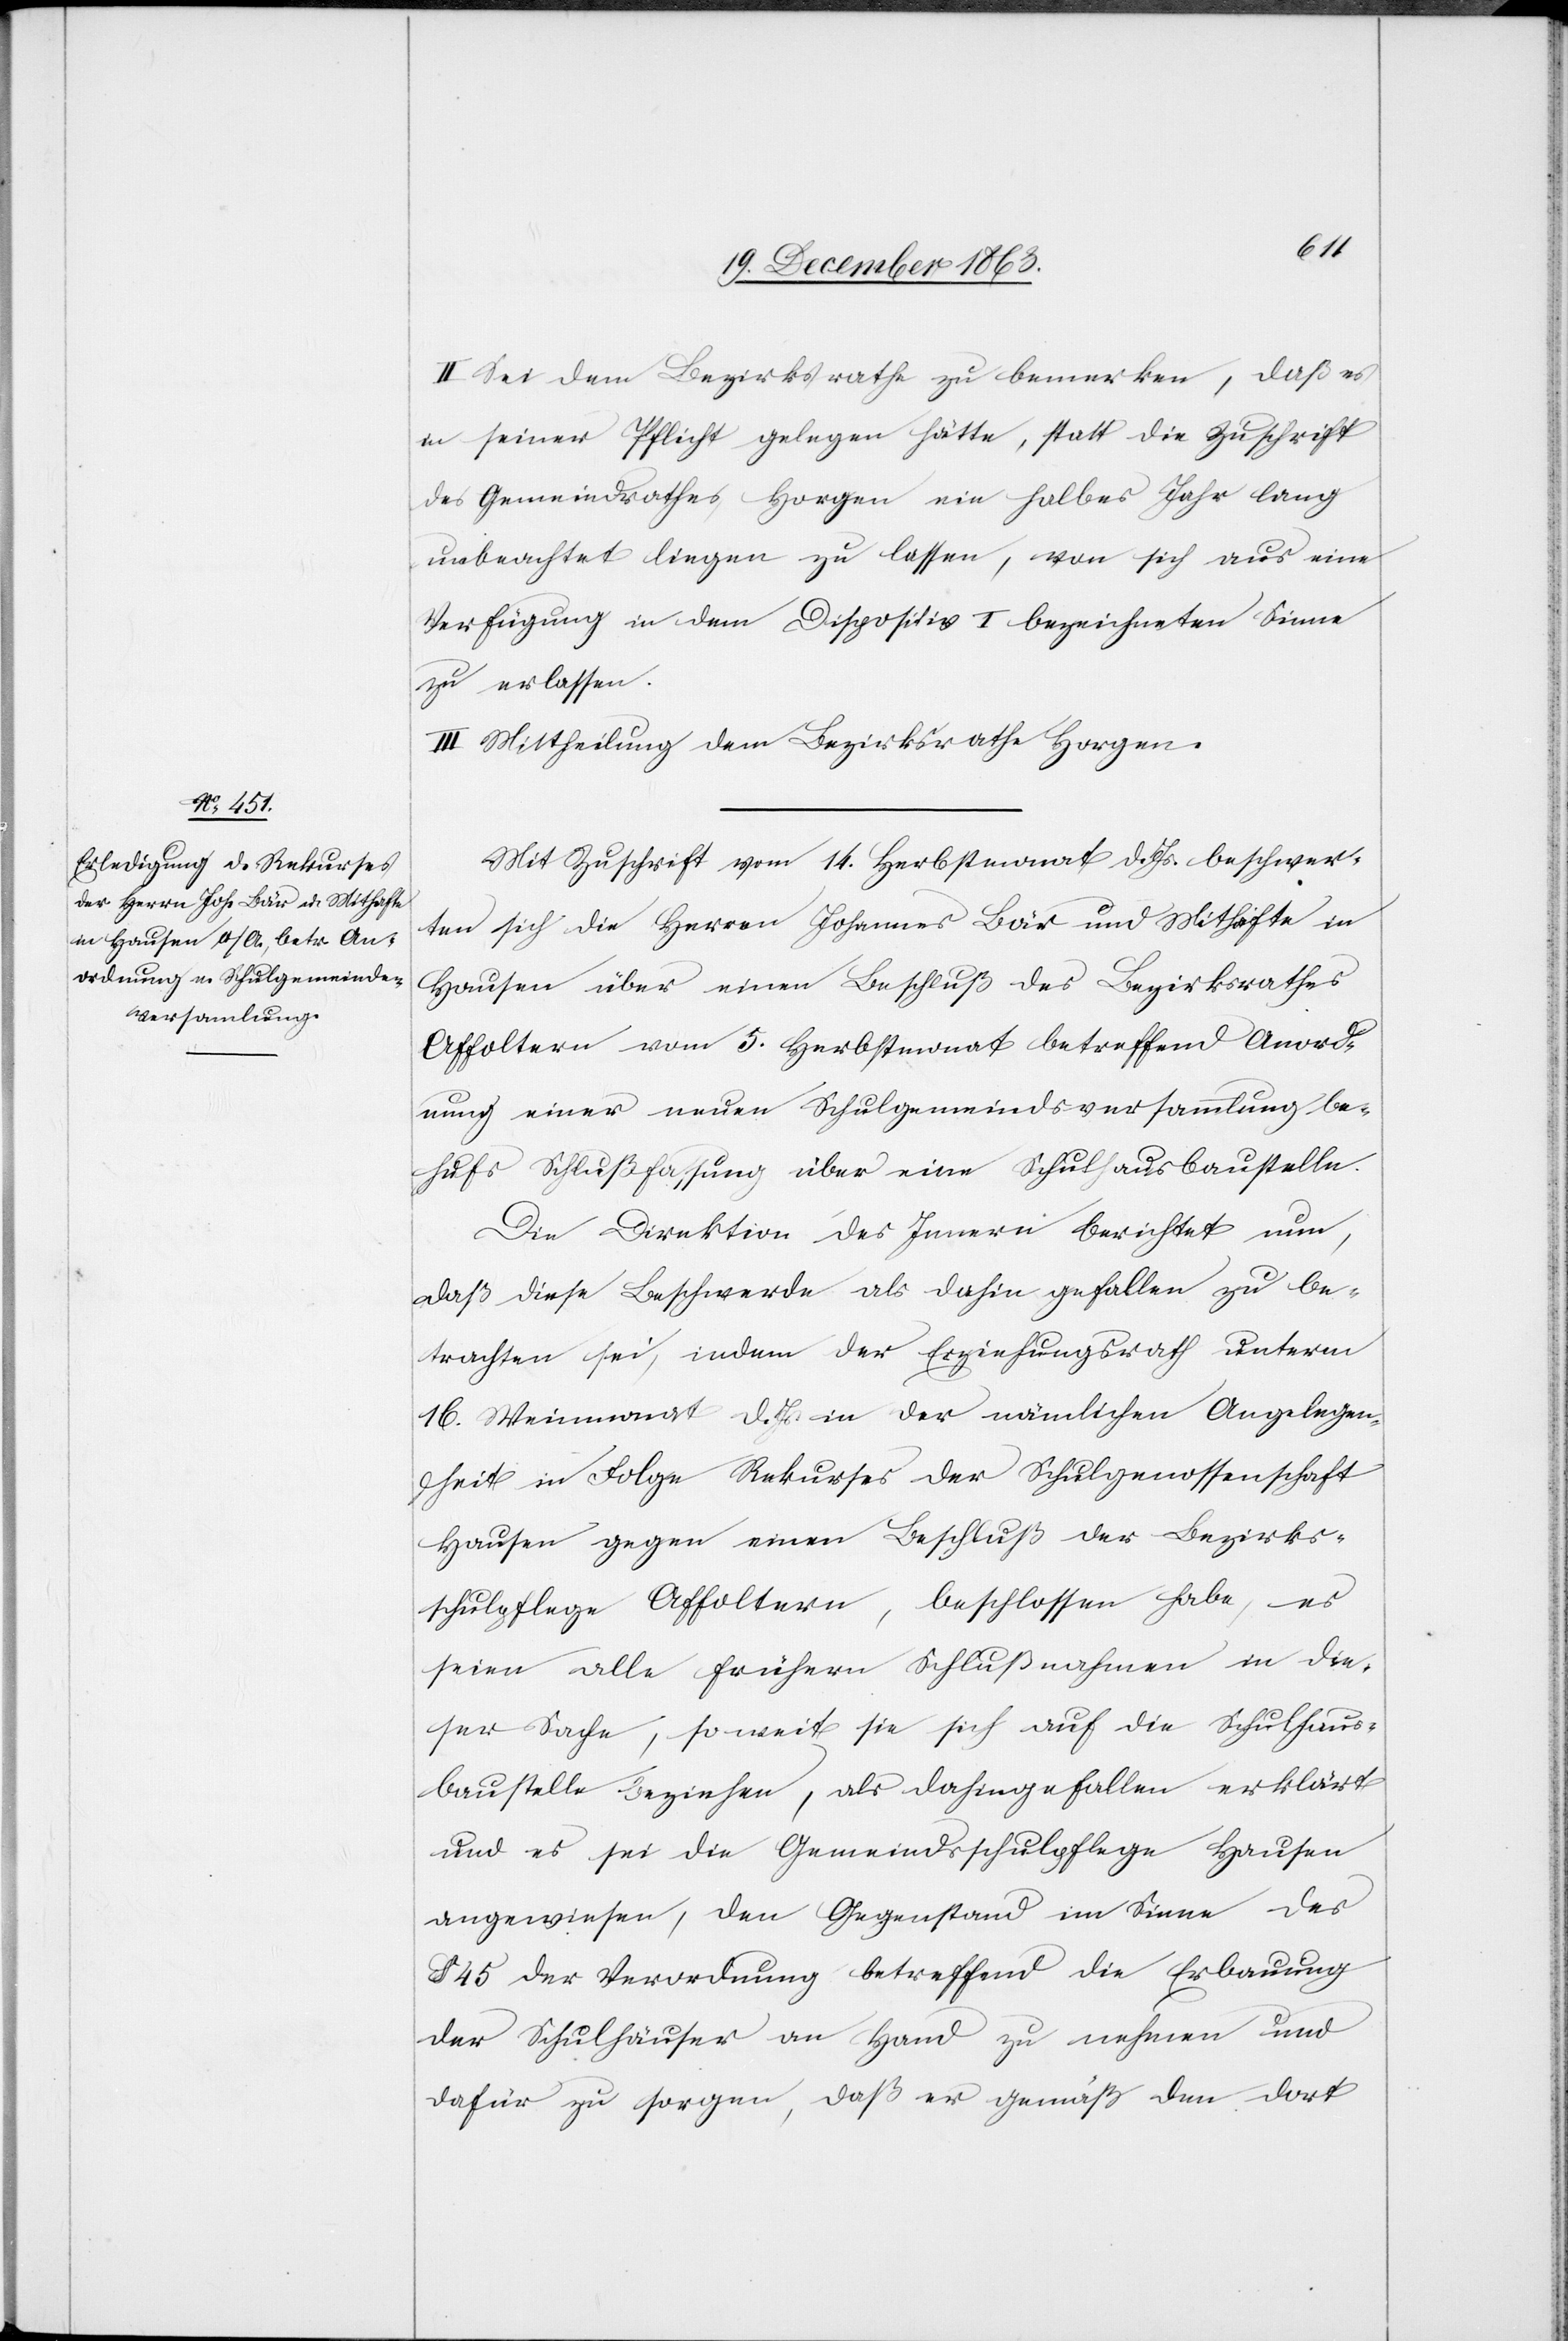
II. Sei dem Bezirksrathe zu bemerken, daß es
in seiner Pflicht gelegen hätte, statt die Zuschrift
des Gemeindrathes Horgen ein halbes Jahr lang
unbeachtet liegen zu lassen, von sich aus eine
Verfügung in dem Dispositiv I bezeichneten Sinne
zu erlassen.
III. Mittheilung dem Bezirksrathe Horgen.
Mit Zuschrift vom 14. Herbstmonat d. Js. beschwer¬
ten sich die Herren Johannes Bär und Mithafte in
Hausen über einen Beschluß des Bezirksrathes
Affoltern vom 5. Herbstmonat betreffend Anord¬
nung einer neuen Schulgemeindsversammlung be¬
hufs Schlußfassung über eine Schulhausbaustelle.
Die Direktion des Innern berichtet nun,
daß diese Beschwerde als dahin gefallen zu be¬
trachten sei, indem der Erziehungsrath unterm
16. Weinmonat d. Js. in der nämlichen Angelegen¬
heit in Folge Rekurses der Schulgenossenschaft
Hausen gegen einen Beschluß der Bezirks¬
schulpflege Affoltern, beschlossen habe, es
seien alle frühern Schlußnahmen in die¬
ser Sache, so weit sie sich auf die Schulhaus¬
baustelle beziehen, als dahingefallen erklärt
und es sei die Gemeindsschulpflege Hausen
angewiesen, den Gegenstand im Sinne des
§ 45 der Verordnung betreffend die Erbauung
der Schulhäuser an Hand zu nehmen und
dafür zu sorgen, daß er gemäß den dort